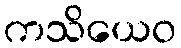
ကသိယေဝ